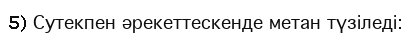
5) Сутекпен әрекеттескенде метан түзіледі: